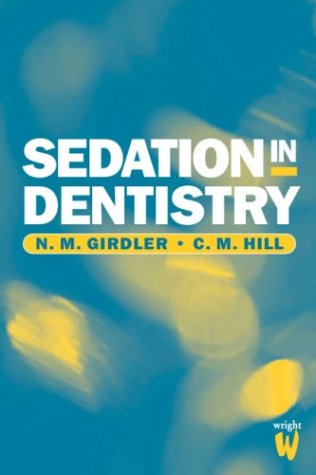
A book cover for Sedation in Dentistry, 1e; N. M. Girdler PhD  BDS  BSc  FDSRCS  FFDRCS; Medical Books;